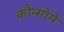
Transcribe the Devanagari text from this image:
कौन्सोमे